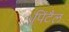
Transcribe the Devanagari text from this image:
पिंटैल